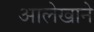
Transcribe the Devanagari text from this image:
आलेखाने